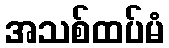
အသစ်ထပ်မံ